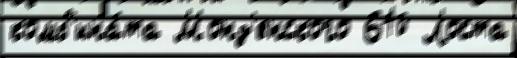
комб'ина́та Монз'енского 610 Лоста